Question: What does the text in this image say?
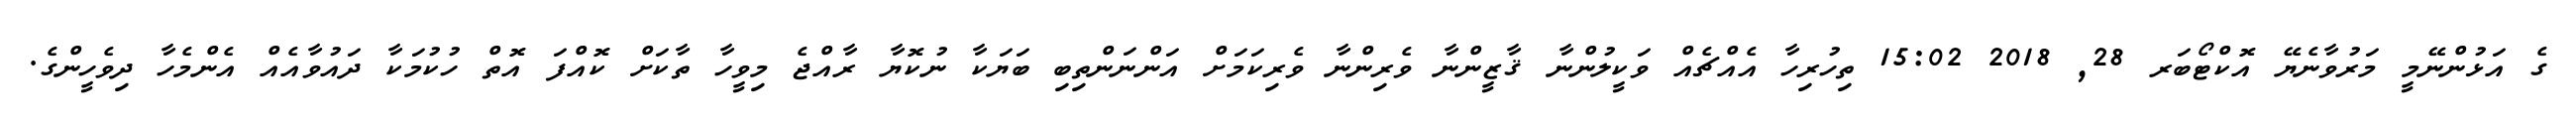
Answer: ގެ އަޅުންނޭމީ މަރުވާނެޔޭ އޮކްޓޯބަރ 28, 2018 15:02 ތިހުރިހާ އެއްޗެއް ވަކީލުންނާ ޤާޒީންނާ ވެރިންނާ ވެރިކަމަށް އަންނަންތިބި ބަޔަކާ ނުކޮޔާ ރާއްޖެ މިވީހާ ތާކަށް ކޮއްފަ އޮތް ހުކުމަކާ ދައުވާއެއް އެންމެހާ ދިވެހީންގެ.